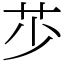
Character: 䒚